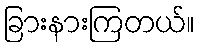
ခြားနားကြတယ်။